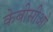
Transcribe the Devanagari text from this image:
केबीसीओ